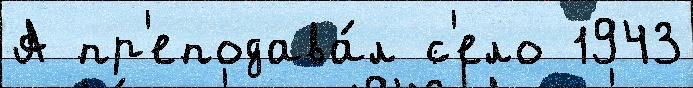
А пр'еподава́л с'ело 1943